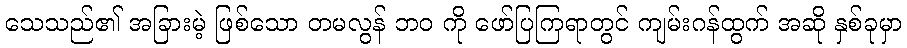
သေသည်၏ အခြားမဲ့ ဖြစ်သော တမလွန် ဘဝ ကို ဖော်ပြကြရာတွင် ကျမ်းဂန်ထွက် အဆို နှစ်ခုမှာ